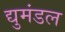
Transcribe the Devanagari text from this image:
द्युमंडल